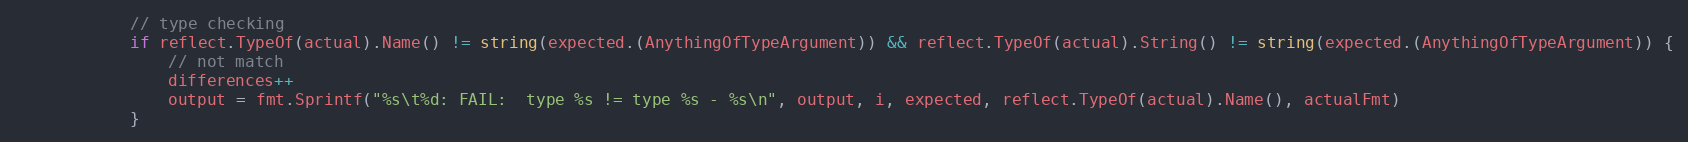
Language: Go
			// type checking
			if reflect.TypeOf(actual).Name() != string(expected.(AnythingOfTypeArgument)) && reflect.TypeOf(actual).String() != string(expected.(AnythingOfTypeArgument)) {
				// not match
				differences++
				output = fmt.Sprintf("%s\t%d: FAIL:  type %s != type %s - %s\n", output, i, expected, reflect.TypeOf(actual).Name(), actualFmt)
			}